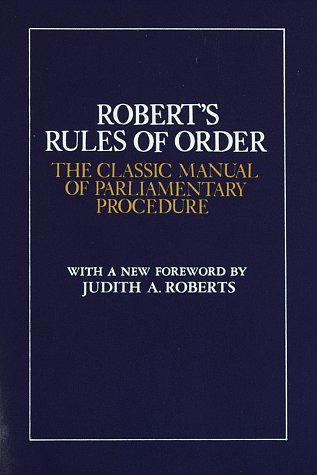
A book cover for Robert's Rules of Order: The Classic Manual of Parliamentary Procedure; Henry Robert; Reference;